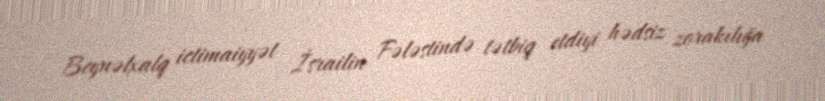
Beynəlxalq ictimaiyyət İsrailin Fələstində tətbiq etdiyi hədsiz zorakılığa